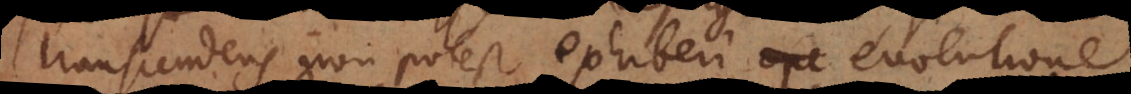
transcendens non potest exhiberi evolutione